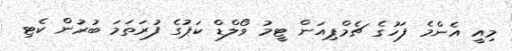
މިއީ އެންމެ ފަހުގެ ޗެމްޕިއަން ޓީމު ވޯލްޑް ކަޕުގެ ފުރަތަމަ ބުރުން ކެޓި